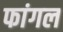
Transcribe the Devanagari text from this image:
फांगल